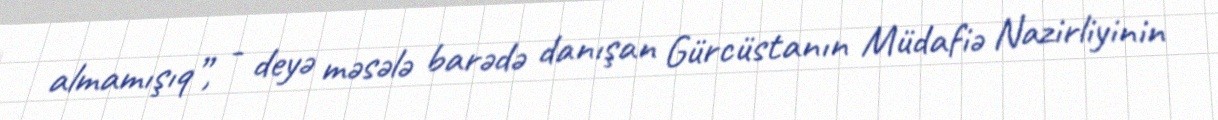
almamışıq”, - deyə məsələ barədə danışan Gürcüstanın Müdafiə Nazirliyinin